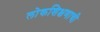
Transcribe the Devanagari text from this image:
लोकशिक्षणाची